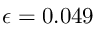
\epsilon = 0 . 0 4 9